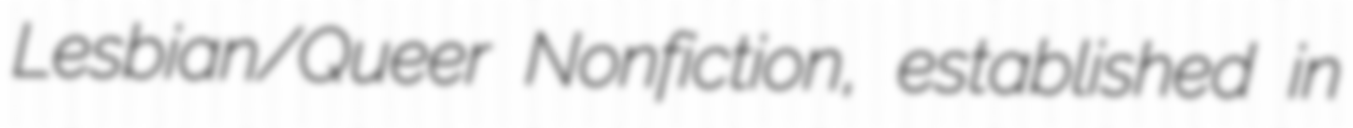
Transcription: Lesbian/Queer Nonfiction, established in